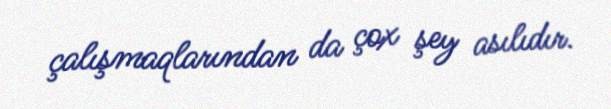
çalışmaqlarından da çox şey asılıdır.